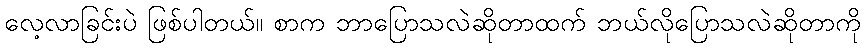
လေ့လာခြင်းပဲ ဖြစ်ပါတယ်။ စာက ဘာပြောသလဲဆိုတာထက် ဘယ်လိုပြောသလဲဆိုတာကို